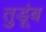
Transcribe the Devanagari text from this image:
तुडूंब